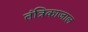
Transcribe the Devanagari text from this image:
तंत्रिकाजाल